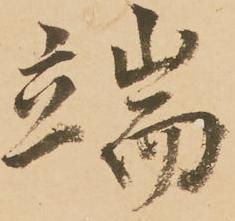
端